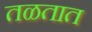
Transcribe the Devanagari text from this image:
तळतात